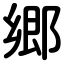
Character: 郷